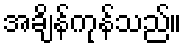
အချိန်ကုန်သည်။